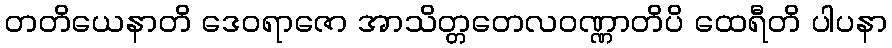
တတိယေနာတိ ဒေဝရာဇော အာသိတ္တတေလဝဏ္ဏာတိပိ ထေရီတိ ပါပနာ